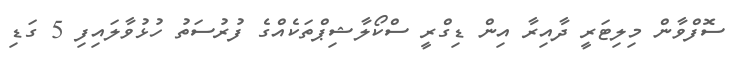
ސޮފްވާން މިލިޓަރީ ދާއިރާ އިން ޑިގްރީ ސްކޯލާޝިޕްތަކެއްގެ ފުރުސަތު ހުޅުވާލައިފި 5 ގަޑި